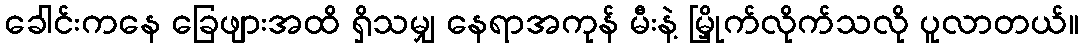
ခေါင်းကနေ ခြေဖျားအထိ ရှိသမျှ နေရာအကုန် မီးနဲ့ မြှိုက်လိုက်သလို ပူလာတယ်။